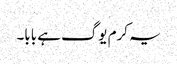
یہ کرم یوگ ہے بابا۔